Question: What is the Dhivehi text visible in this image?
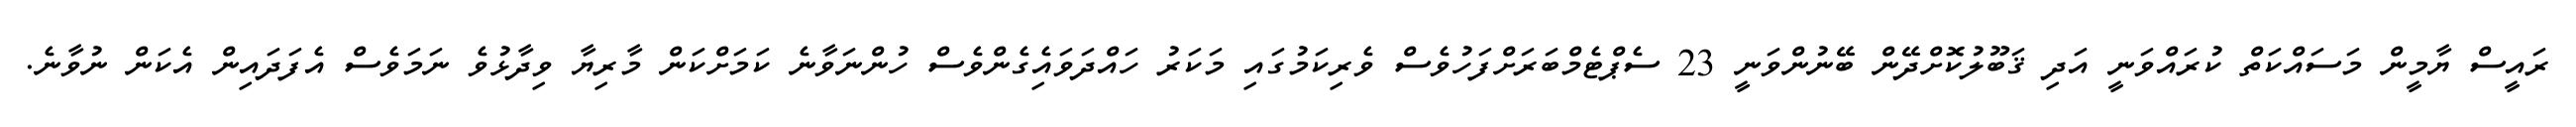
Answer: ރައީސް ޔާމީން މަސައްކަތް ކުރައްވަނީ އަދި ޤަބޫލުކޮށްދޭން ބޭނުންވަނީ 23 ސެޕްޓެމްބަރަށްފަހުވެސް ވެރިކަމުގައި މަކަރު ހައްދަވައިެގެންވެސް ހުންނަވާނެ ކަމަށްކަން މާރިޔާ ވިދާޅުވެ ނަމަވެސް އެފަދައިން އެކަން ނުވާނެ.